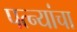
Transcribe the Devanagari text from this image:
पत्‍न्यांचा